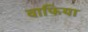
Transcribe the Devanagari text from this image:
वाफिया